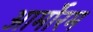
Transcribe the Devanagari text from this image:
आर्मोरम